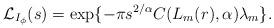
LaTeX: \begin{align*} \mathcal{L}_{I_\phi}(s)=\exp\{-\pi s^{2/\alpha}C(L_m(r),\alpha)\lambda_m \}.\end{align*}